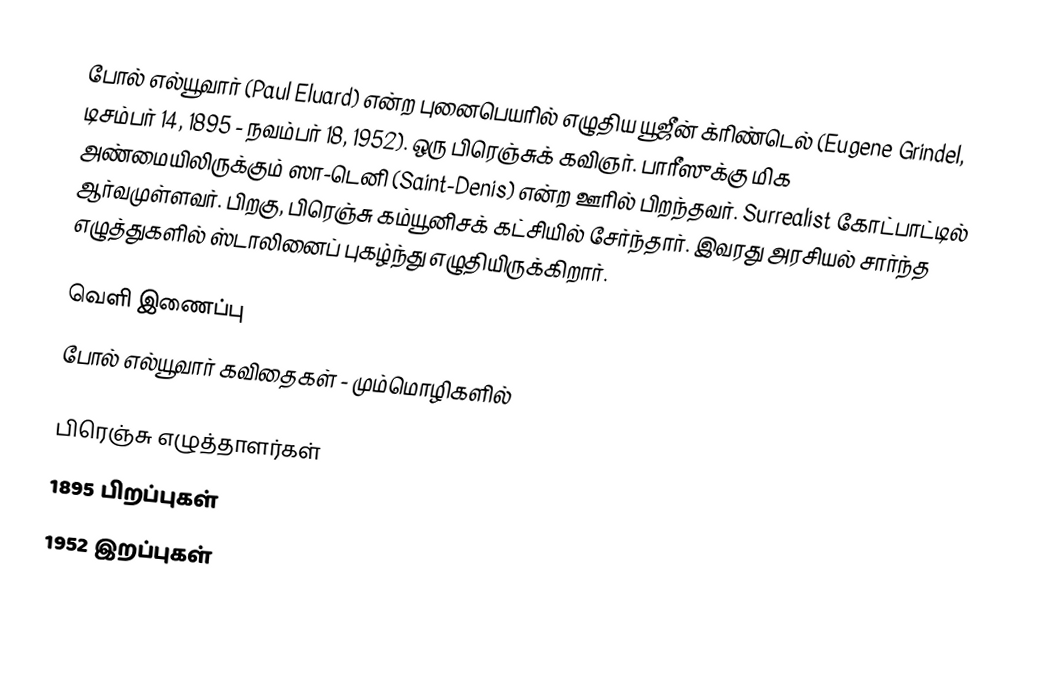
போல் எல்யூவார் (Paul Eluard) என்ற புனைபெயரில் எழுதிய யூஜீன் க்ரிண்டெல் (Eugene Grindel, டிசம்பர் 14, 1895 - நவம்பர் 18, 1952). ஒரு பிரெஞ்சுக் கவிஞர். பாரீஸுக்கு மிக அண்மையிலிருக்கும் ஸா-டெனி (Saint-Denis) என்ற ஊரில் பிறந்தவர். Surrealist கோட்பாட்டில் ஆர்வமுள்ளவர். பிறகு, பிரெஞ்சு கம்யூனிசக் கட்சியில் சேர்ந்தார். இவரது அரசியல் சார்ந்த எழுத்துகளில் ஸ்டாலினைப் புகழ்ந்து எழுதியிருக்கிறார்.

வெளி இணைப்பு
 போல் எல்யூவார் கவிதைகள் - மும்மொழிகளில்

பிரெஞ்சு எழுத்தாளர்கள்
1895 பிறப்புகள்
1952 இறப்புகள்